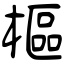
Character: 樞